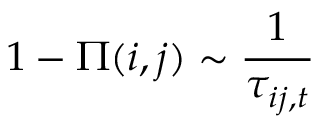
1 - \Pi ( i , j ) \sim \frac { 1 } { \tau _ { i j , t } }